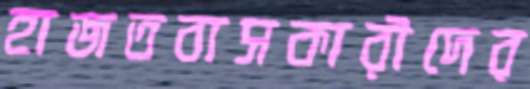
হাজতবাসকারীদের